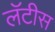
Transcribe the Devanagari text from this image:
लॅटीस